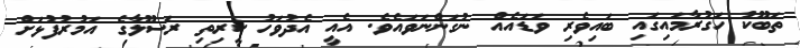
ތަބޫކު ހަގުރާމައިގައި ބައިވެރި ވަޑައެއް ނުގަންނަވައެވެ. އެއީ އެދުވަހު ކީރިތި ރަސޫލާގެ އަމުރުފުޅަށް